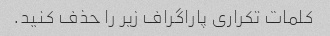
کلمات تکراری پاراگراف زیر را حذف کنید.